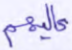
عاليهم